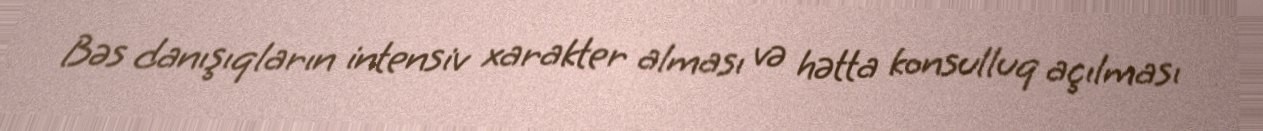
Bəs danışıqların intensiv xarakter alması və hətta konsulluq açılması